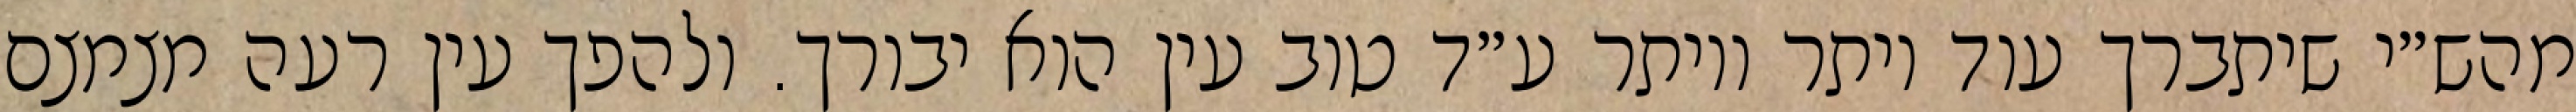
מהש״י שיתברך עוד יותר ויותר ע״ד טוב עין הוא יבורך. ולהפך עין רעה מצמצם